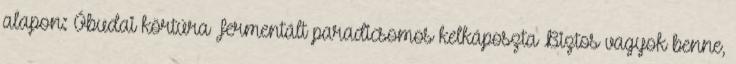
alapon: Óbudai körtúra Fermentált paradicsomos kelkáposzta Biztos vagyok benne,